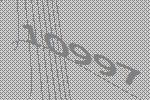
10997